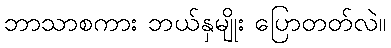
ဘာသာစကား ဘယ်နှမျိုး ပြောတတ်လဲ။